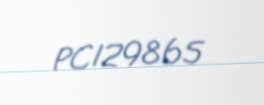
PC129865